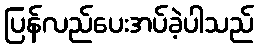
ပြန်လည်ပေးအပ်ခဲ့ပါသည်